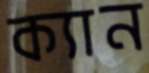
ক্যান